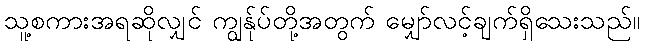
သူ့စကားအရဆိုလျှင် ကျွန်ုပ်တို့အတွက် မျှော်လင့်ချက်ရှိသေးသည်။